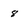
Character: 8